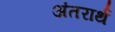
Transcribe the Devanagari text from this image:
अंतरार्थ